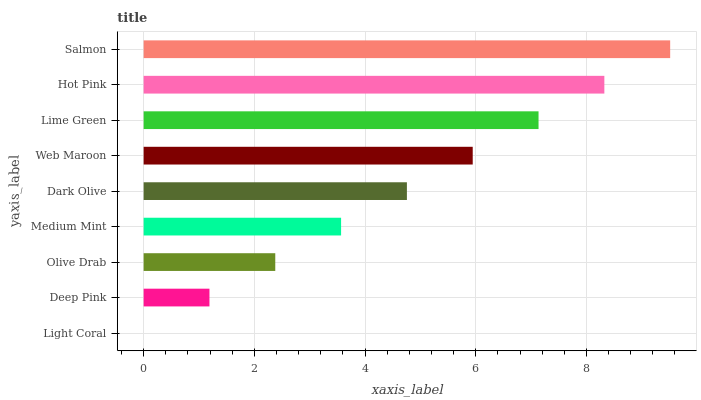
| yaxis_label | bars |
 | --- | --- |
 | Light Coral | 0 |
 | Deep Pink | 1.19 |
 | Olive Drab | 2.38 |
 | Medium Mint | 3.57 |
 | Dark Olive | 4.76 |
 | Web Maroon | 5.95 |
 | Lime Green | 7.13 |
 | Hot Pink | 8.32 |
 | Salmon | 9.51 |